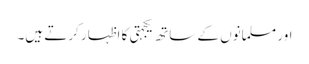
اور مسلمانوں کے ساتھ یکجہتی کا اظہار کرتے ہیں۔